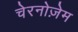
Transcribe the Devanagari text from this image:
चेरनोज़ेम